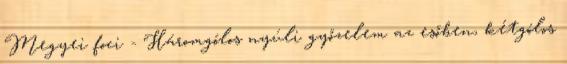
Megyei foci - Háromgólos nyúli győzelem az esőben, kétgólos